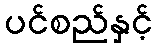
ပင်စည်နှင့်